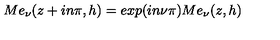
M e _ { \nu } ( z + i n \pi , h ) = e x p ( i n \nu \pi ) M e _ { \nu } ( z , h )